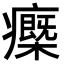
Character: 𤻿